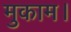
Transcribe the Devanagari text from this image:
मुकाम।